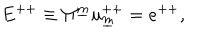
LaTeX: E ^ { + + } \equiv \Pi ^ { \underline { { m } } } u _ { \underline { { m } } } ^ { + + } = e ^ { + + } ,